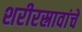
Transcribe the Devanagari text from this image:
शरीरस्रावांचे